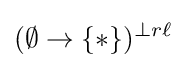
(\emptyset \to \{*\})^{\perp r\ell }